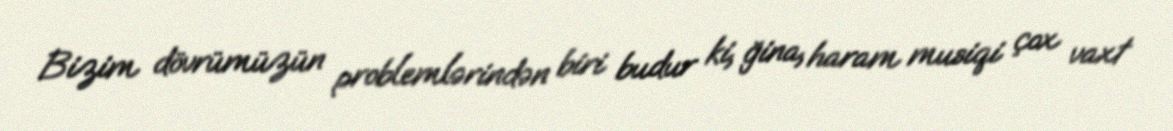
Bizim dövrümüzün problemlərindən biri budur ki, ğina, haram musiqi çox vaxt